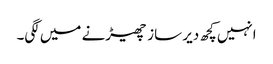
انہیں کچھ دیر ساز چھیڑنے میں لگی۔